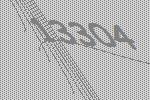
13304